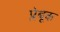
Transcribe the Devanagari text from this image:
प्लेबूक